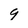
Character: 9